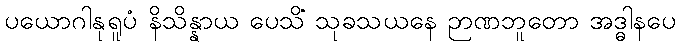
ပယောဂါနုရူပံ နိသိန္နာယ ပေသိ သုခသယနေ ဉာဏဘူတော အဒ္ဓါနံပေ